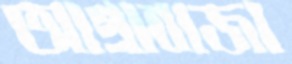
আগ্রাবাজা